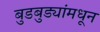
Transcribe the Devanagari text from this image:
बुडबुड्यांमधून